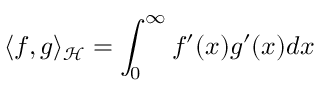
\langle f , g \rangle _ { \mathcal { H } } = \int _ { 0 } ^ { \infty } f ^ { \prime } ( x ) g ^ { \prime } ( x ) d x